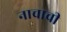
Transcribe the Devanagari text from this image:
नाचाची